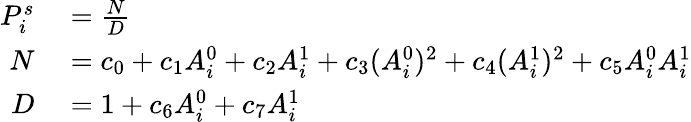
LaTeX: \begin{array}{rl}{P_{i}^{s}}&{{}=\frac{N}{D}}\\ {N}&{{}=c_{0}+c_{1}A_{i}^{0}+c_{2}A_{i}^{1}+c_{3}(A_{i}^{0})^{2}+c_{4}(A_{i}^{1})^{2}+c_{5}A_{i}^{0}A_{i}^{1}}\\ {D}&{{}=1+c_{6}A_{i}^{0}+c_{7}A_{i}^{1}}\end{array}